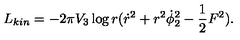
L _ { k i n } = - 2 \pi V _ { 3 } \log r ( { \dot { r } } ^ { 2 } + r ^ { 2 } \dot { \phi } _ { 2 } ^ { 2 } - { \frac { 1 } { 2 } } F ^ { 2 } ) .